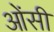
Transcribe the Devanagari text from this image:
ओंसी